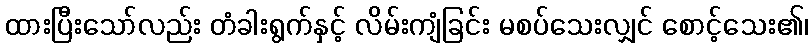
ထားပြီးသော်လည်း တံခါးရွက်နှင့် လိမ်းကျံခြင်း မစပ်သေးလျှင် စောင့်သေး၏၊